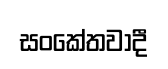
සංකේතවාදී